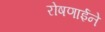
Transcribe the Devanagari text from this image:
रोषणाईने